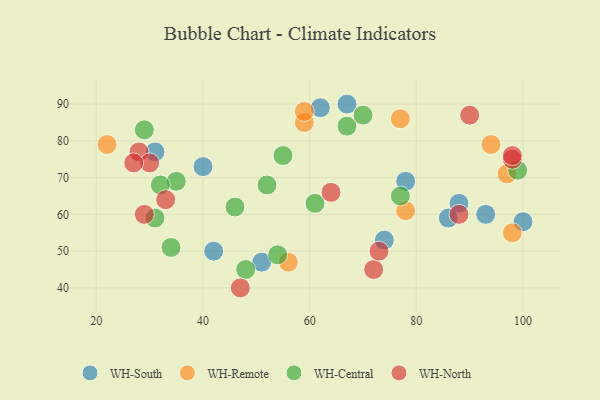
{"axis": {"x": "GDP", "y": "Life Expectancy"}, "legend": ["WH-Central", "WH-North", "WH-Remote", "WH-South"], "data": [{"x": "31", "y": 77, "type": "WH-South"}, {"x": "40", "y": 73, "type": "WH-South"}, {"x": "67", "y": 90, "type": "WH-South"}, {"x": "100", "y": 58, "type": "WH-South"}, {"x": "93", "y": 60, "type": "WH-South"}, {"x": "78", "y": 69, "type": "WH-South"}, {"x": "88", "y": 63, "type": "WH-South"}, {"x": "74", "y": 53, "type": "WH-South"}, {"x": "62", "y": 89, "type": "WH-South"}, {"x": "42", "y": 50, "type": "WH-South"}, {"x": "51", "y": 47, "type": "WH-South"}, {"x": "86", "y": 59, "type": "WH-South"}, {"x": "94", "y": 79, "type": "WH-Remote"}, {"x": "78", "y": 61, "type": "WH-Remote"}, {"x": "59", "y": 85, "type": "WH-Remote"}, {"x": "77", "y": 86, "type": "WH-Remote"}, {"x": "22", "y": 79, "type": "WH-Remote"}, {"x": "97", "y": 71, "type": "WH-Remote"}, {"x": "98", "y": 55, "type": "WH-Remote"}, {"x": "59", "y": 88, "type": "WH-Remote"}, {"x": "56", "y": 47, "type": "WH-Remote"}, {"x": "48", "y": 45, "type": "WH-Central"}, {"x": "35", "y": 69, "type": "WH-Central"}, {"x": "99", "y": 72, "type": "WH-Central"}, {"x": "67", "y": 84, "type": "WH-Central"}, {"x": "46", "y": 62, "type": "WH-Central"}, {"x": "52", "y": 68, "type": "WH-Central"}, {"x": "54", "y": 49, "type": "WH-Central"}, {"x": "34", "y": 51, "type": "WH-Central"}, {"x": "31", "y": 59, "type": "WH-Central"}, {"x": "55", "y": 76, "type": "WH-Central"}, {"x": "32", "y": 68, "type": "WH-Central"}, {"x": "77", "y": 65, "type": "WH-Central"}, {"x": "61", "y": 63, "type": "WH-Central"}, {"x": "70", "y": 87, "type": "WH-Central"}, {"x": "29", "y": 83, "type": "WH-Central"}, {"x": "29", "y": 60, "type": "WH-North"}, {"x": "47", "y": 40, "type": "WH-North"}, {"x": "72", "y": 45, "type": "WH-North"}, {"x": "98", "y": 75, "type": "WH-North"}, {"x": "28", "y": 77, "type": "WH-North"}, {"x": "98", "y": 76, "type": "WH-North"}, {"x": "30", "y": 74, "type": "WH-North"}, {"x": "73", "y": 50, "type": "WH-North"}, {"x": "33", "y": 64, "type": "WH-North"}, {"x": "27", "y": 74, "type": "WH-North"}, {"x": "90", "y": 87, "type": "WH-North"}, {"x": "88", "y": 60, "type": "WH-North"}, {"x": "64", "y": 66, "type": "WH-North"}]}